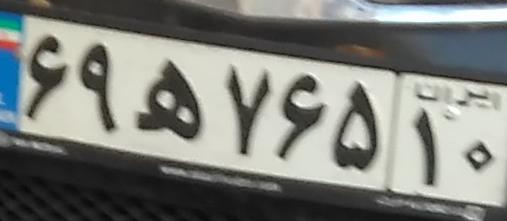
۶۹ه۷۶۵۱۰